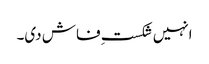
انہیں شکستِ فاش دی۔